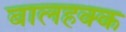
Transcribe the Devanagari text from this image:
बालहक्क